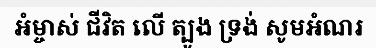
អំម្ចាស់ ជីវិត លើ ត្បូង ទ្រង់ សូមអំណរ